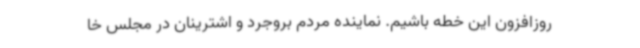
روزافزون این خطه باشیم. نماینده مردم بروجرد و اشترینان در مجلس خا